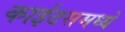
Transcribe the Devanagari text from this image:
काईटसमध्ये